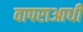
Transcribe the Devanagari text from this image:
वापराआधी